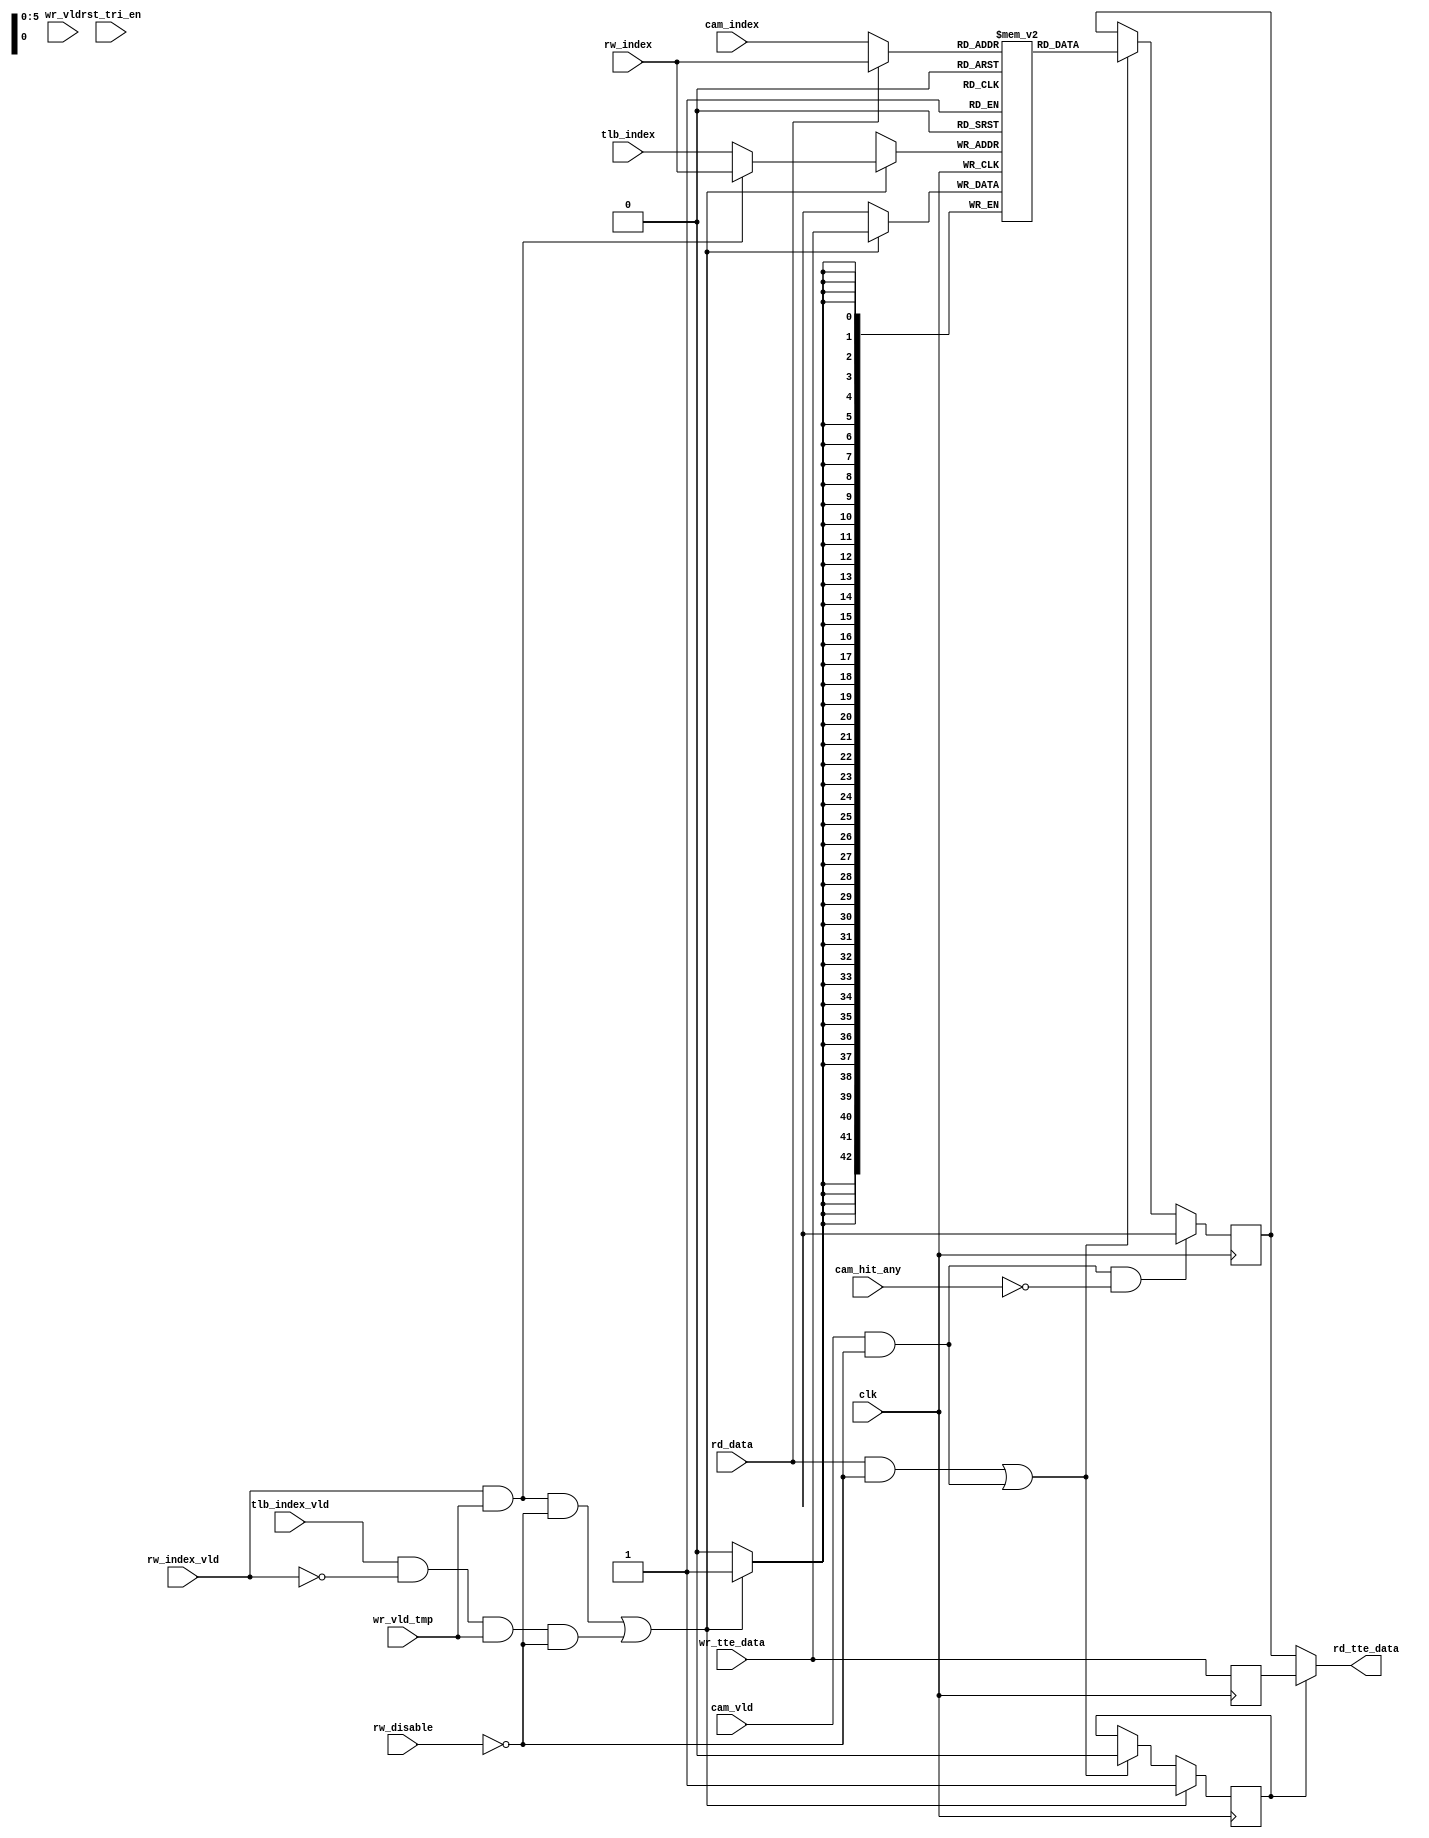
module bw_r_tlb_data_ram(rd_data, rw_index_vld, wr_vld_tmp, clk, cam_vld,
        rw_index, tlb_index, tlb_index_vld, rw_disable, rst_tri_en, wr_tte_data,
        rd_tte_data, cam_index, cam_hit_any, wr_vld);
        input                   rd_data;
        input                   rw_index_vld;
        input                   wr_vld_tmp;
        input                   clk;
        input   [(6 - 1):0]     rw_index;
        input   [(6 - 1):0]     tlb_index;
        input                   tlb_index_vld;
        input   [(6 - 1):0]     cam_index;
        input                   cam_hit_any;
        input                   rw_disable;
        input                   rst_tri_en;
        input                   cam_vld;
        input   [42:0]          wr_tte_data;
        input                   wr_vld;
        output  [42:0]          rd_tte_data;
        wire    [42:0]          rd_tte_data;
        reg     [42:0]          tte_data_ram[(64 - 1):0];
        wire [5:0] wr_addr = (rw_index_vld & wr_vld_tmp) ? rw_index :tlb_index;
        wire wr_en = ((rw_index_vld & wr_vld_tmp) & (~rw_disable)) |
                     (((tlb_index_vld & (~rw_index_vld)) & wr_vld_tmp) & (~rw_disable));
        always @(negedge clk) begin
          if (wr_en)
            tte_data_ram[wr_addr] <= wr_tte_data[42:0];
          end
        wire [5:0] rd_addr = rd_data ? rw_index : cam_index;
        wire rd_en = (rd_data & (~rw_disable)) | ((cam_vld & (~rw_disable)));
        reg [42:0] rd_tte_data_temp;
        always @(negedge clk) begin
	  if((cam_vld & (~rw_disable)) & (!cam_hit_any)) begin
	    rd_tte_data_temp <= 43'bx;
	  end else
          if (rd_en) begin
            rd_tte_data_temp[42:0] <= tte_data_ram[rd_addr];
          end
	end
reg rdwe;
reg [42:0] wr_tte_data_d;
       always @(negedge clk) begin
	 wr_tte_data_d <= wr_tte_data;
       end
       always @(negedge clk) begin
         if(wr_en) rdwe <= 1'b1;
         else if(rd_en) rdwe <= 1'b0;
       end
       assign rd_tte_data = rdwe ? wr_tte_data_d : rd_tte_data_temp;
endmodule